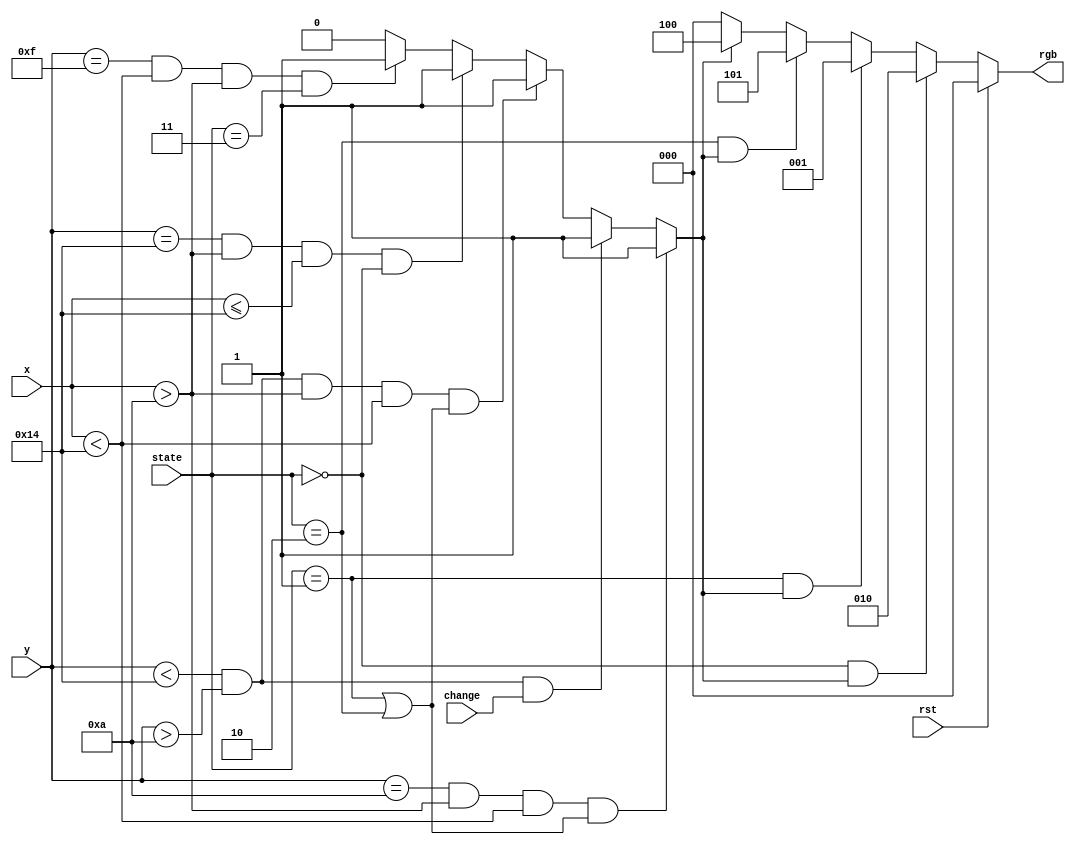
/*
    Copyright 2011 Carlos Barreto	

    This program is free software: you can redistribute it and/or modify
    it under the terms of the GNU General Public License as published by
    the Free Software Foundation, either version 3 of the License, or
    (at your option) any later version.

    This program is distributed in the hope that it will be useful,
    but WITHOUT ANY WARRANTY; without even the implied warranty of
    MERCHANTABILITY or FITNESS FOR A PARTICULAR PURPOSE.  See the
    GNU General Public License for more details.

    You should have received a copy of the GNU General Public License
    along with this program.  If not, see <http://www.gnu.org/licenses/>.
*/


module pixel_vector #(
	parameter bx = 11'd10,
	parameter by = 10'd10,
	parameter px = 11'd10,
	parameter py = 10'd10
)(
//	input clk,
	input rst,
	input [10:0] x,
	input [9:0] y,
	input [1:0] state,
	output reg [2:0] rgb,
	input change
);

reg active;
/*
assign b_x_ = bx;
assign p_x_ = px;


wire [9:0] b_y_, p_y_;
assign b_y_ = by;
assign p_y_ = py;

*/

always @(*) begin
	if((y == py) & (x > px) & (x < (px+bx)) & ((state == 2'b01) | (state == 2'b10)))
		active <= 1'b1;
	else if ((y < (py+by)) & (y > py) & change)
		active <= 1'b1;
	else if ((y < (py+by)) & (y > py) & (x > px) & (x < (px+bx)) & ((state == 2'b01) | (state == 2'b10)) )
		active <= 1'b1;
	else if ((y == (py+by)) & (x > px) & (x <= (px+bx)) & (state == 2'b00))
		active <= 1'b1;
	else if ((y == py+by/2) & (x < (px+bx)) & (x > px) & ((state == 2'b11) | (state == 2'b11)))
		active <= 1'b1;
	else
		active <= 1'b0;
end




always @(*) begin
	if (rst)
		rgb <= 3'b000;
	else begin
		if ((state == 2'b00) & active)
			rgb <= {1'b0,1'b1,1'b0};		// green
		else if (state == 2'b01 & active)
			rgb <= {1'b0, 1'b0, 1'b1};	// blue
		else if (state == 2'b10 & active)
			rgb <= {1'b1, 1'b0, 1'b1};	// magenta
		else if (active)
			rgb <= {1'b1, 1'b0, 1'b0};	// red
		else
			rgb <= 3'b0;
	end	
end


endmodule